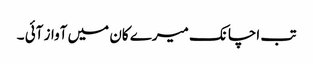
تب اچانک میرے کان میں آواز آئی ۔